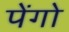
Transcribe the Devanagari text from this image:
पेंगो